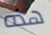
هذه